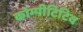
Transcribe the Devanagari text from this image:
कोम्पीटिटिव